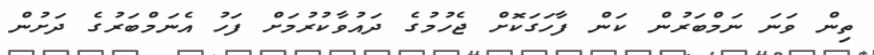
ތިން ވަނަ ނަމްބަރުން ކަން ފާހަގަކޮށް ޖެހުމުގެ ދައުވާކުރުމަށް ފަހު އެނަމްބަރުގެ ދަށުން